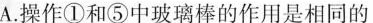
A操作①和⑤中玻璃棒的作用是相同的